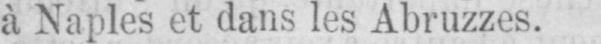
à Naples et dans les Abruzzes.